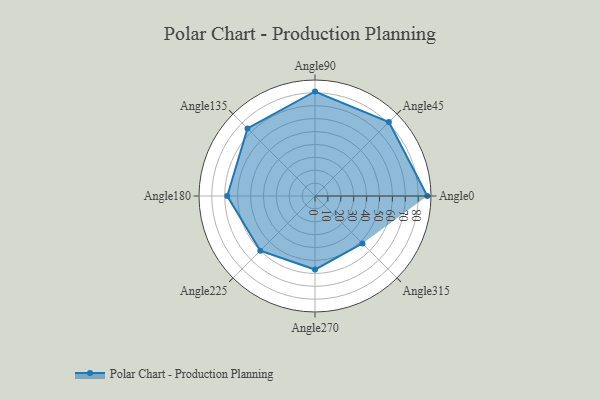
{"axis": {"x": "Angle", "y": "Radius"}, "legend": [""], "data": [{"x": "Angle0", "y": 87.0, "type": ""}, {"x": "Angle45", "y": 81.0, "type": ""}, {"x": "Angle90", "y": 81.0, "type": ""}, {"x": "Angle135", "y": 74.0, "type": ""}, {"x": "Angle180", "y": 68.0, "type": ""}, {"x": "Angle225", "y": 60.0, "type": ""}, {"x": "Angle270", "y": 57.0, "type": ""}, {"x": "Angle315", "y": 52.0, "type": ""}]}